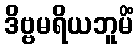
ဒိဗ္ဗမရိယဘူမိံ